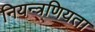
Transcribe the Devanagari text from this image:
नियन्त्रणियता